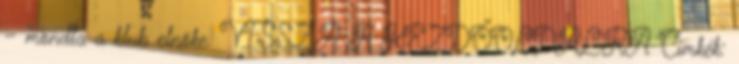
– mondta a klub elnöke. VISSZA A KEZDŐOLDALRA Címkék: